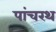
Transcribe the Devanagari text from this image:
पांचरथ